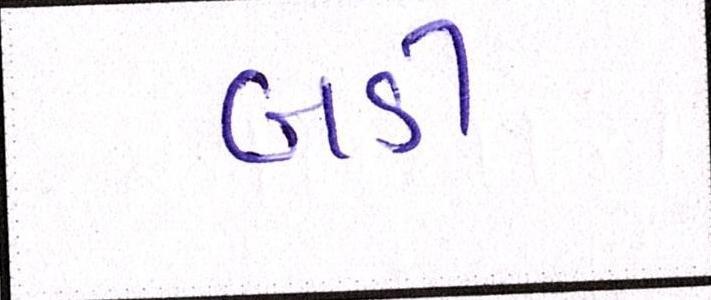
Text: બડી